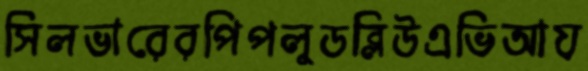
সিলভারেরপিপলুডব্লিউএভিআয়